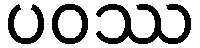
ပဝဿ